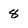
Character: 8